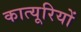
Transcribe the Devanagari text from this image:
कात्यूरियों